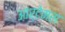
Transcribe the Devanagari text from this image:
आर्टेमस